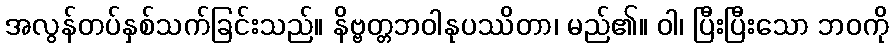
အလွန်တပ်နှစ်သက်ခြင်းသည်။ နိဗ္ဗတ္တဘဝါနုပဿိတာ၊ မည်၏။ ဝါ၊ ပြီးပြီးသော ဘဝကို